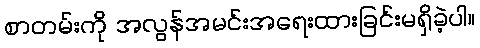
စာတမ်းကို အလွန်အမင်းအရေးထားခြင်းမရှိခဲ့ပါ။